画像に写った文字を読んでください
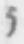
「う」と書いてあります